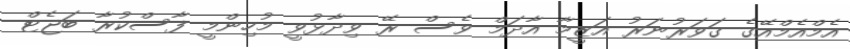
އެމްއެމްއޭގެ ގަވަރުނަރު އަޒީމާ އާދަމް ވެސް ރޭ ވިދާޅުވީ މުހިންމީ ފާސްކުރާ ބަޖެޓް